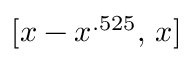
[ x - x ^ { . 5 2 5 } , \, x ]